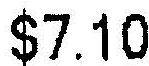
$7.10